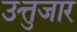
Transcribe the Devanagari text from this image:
उत्तुजार